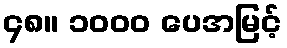
၄၈။ ၁၀၀၀ ပေအမြင့်